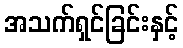
အသက်ရှင်ခြင်းနှင့်